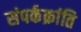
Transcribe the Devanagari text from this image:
संपर्कक्रांति